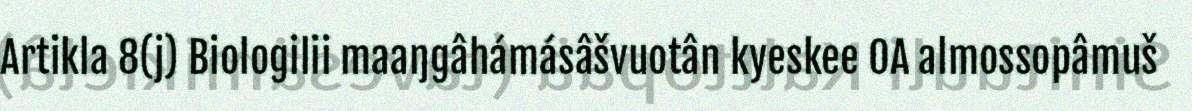
Artikla 8(j) Biologilii maaŋgâhámásâšvuotân kyeskee OA almossopâmuš